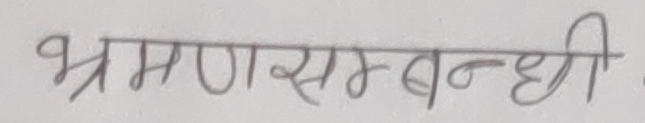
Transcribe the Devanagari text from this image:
भ्रमणसम्बन्धी